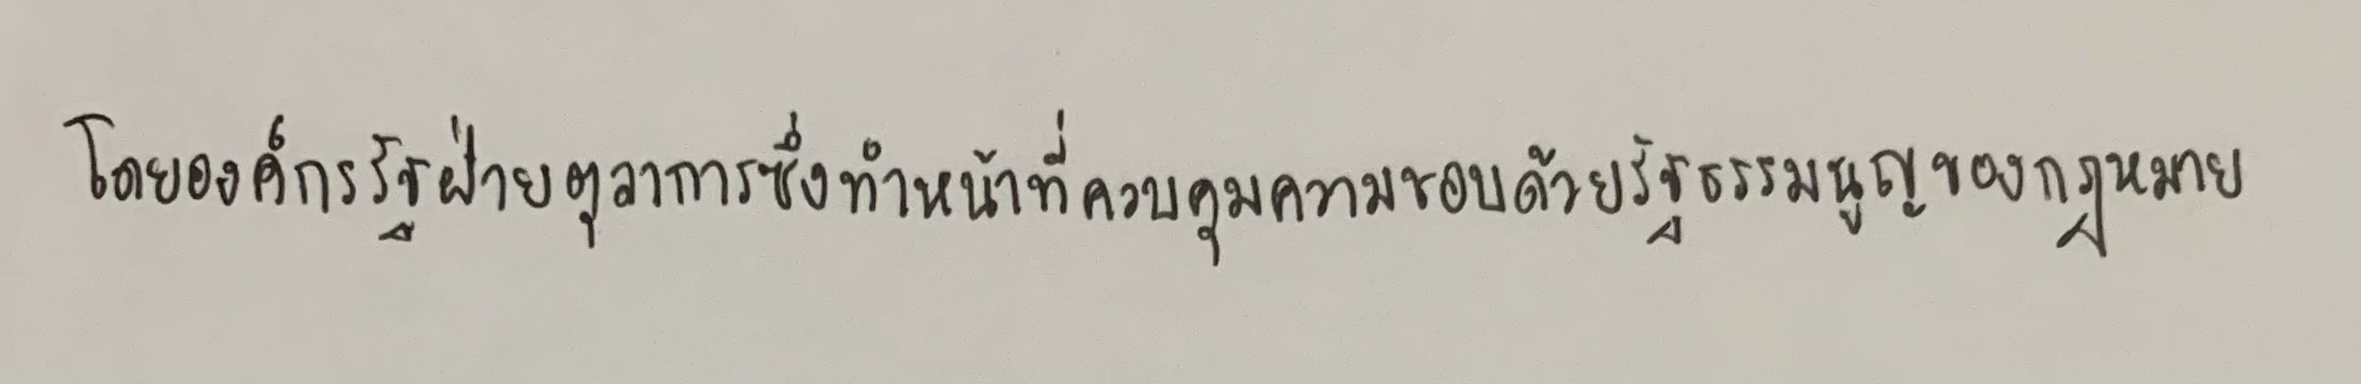
โดยองค์กรรัฐฝ่ายตุลาการซึ่งทำหน้าที่ควบคุมความชอบด้วยรัฐธรรมนูญของกฎหมาย